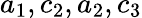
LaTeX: a_{1},c_{2},a_{2},c_{3}